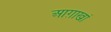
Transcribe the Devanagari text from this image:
आग़ाखां